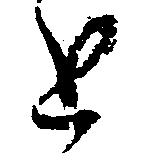
と